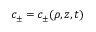
c _ { \pm } = c _ { \pm } ( \rho , z , t )